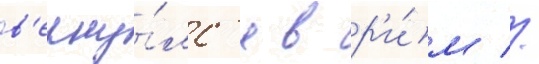
в'ерну́лс'я в р'и́м //